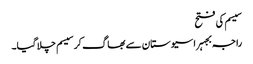
سیسم کی فتح
راجہ بجہرا سیوستان سے بھاگ کر سیسم چلا گیا۔